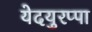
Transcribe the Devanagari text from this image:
येदयुरप्पा